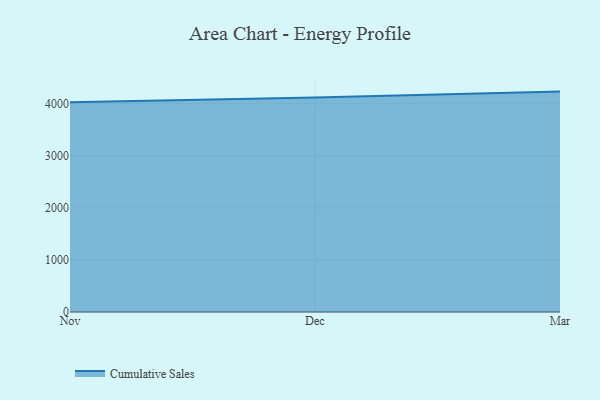
{"axis": {"x": "Month", "y": "Bounce Rate (%)"}, "legend": ["Cumulative Sales"], "data": [{"x": "Nov", "y": 4030.1, "type": "Cumulative Sales"}, {"x": "Dec", "y": 4118.4, "type": "Cumulative Sales"}, {"x": "Mar", "y": 4233.5, "type": "Cumulative Sales"}]}